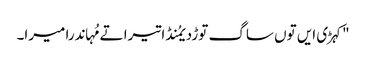
"کہڑی ایں توں ساگ توڑدیمُنڈا تیرا تے مُہاندرا میرا۔